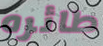
طائره